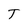
Character: T